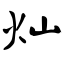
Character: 灿